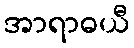
အာရာဓယီ